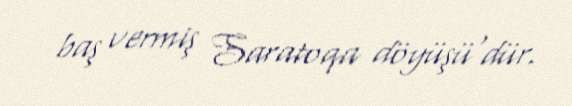
baş vermiş Saratoqa döyüşü'dür.